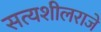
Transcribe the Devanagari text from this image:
सत्यशीलराजे